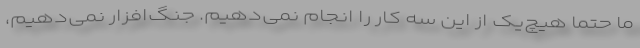
ما حتماً هیچ‌یک از این سه کار را انجام نمی‌دهیم. جنگ‌افزار نمی‌دهیم،